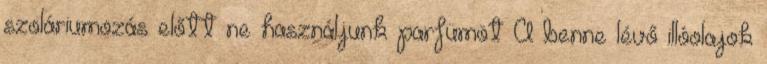
szoláriumozás előtt ne használjunk parfümöt A benne lévő illóolajok